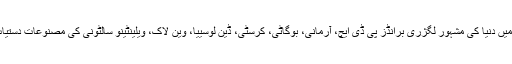
سٹور میں دنیا کی مشہور لگژری برانڈز پی ڈی ایچ، آرمانی، بوگاٹی، کرسٹی، ڈین لوسییا، وین لاک، ویلینٹینو سالٹونی کی مصنوعات دستیاب ہیں۔